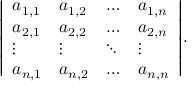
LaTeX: { \left| \begin{array} { l l l l } { a _ { 1 , 1 } } & { a _ { 1 , 2 } } & { \dots } & { a _ { 1 , n } } \\ { a _ { 2 , 1 } } & { a _ { 2 , 2 } } & { \dots } & { a _ { 2 , n } } \\ { \vdots } & { \vdots } & { \ddots } & { \vdots } \\ { a _ { n , 1 } } & { a _ { n , 2 } } & { \dots } & { a _ { n , n } } \end{array} \right| } .